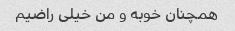
همچنان خوبه و من خیلی راضیم